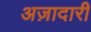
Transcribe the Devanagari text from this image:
अज़ादारी